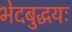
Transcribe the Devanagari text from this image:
भेदबुद्धयः